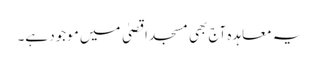
یہ معاہدہ آج بھی مسجد اقصیٰ میں موجود ہے۔